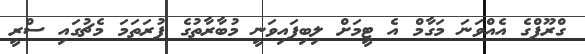
ގްރޫޕްގެ އެއްވަނަ މަގާމް އެ ޓީމަށް ލިބިފައިވަނީ މުބާރާތުގެ ފުރަތަމަ މެޗުގައި ސްރީ